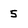
Character: 5